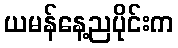
ယမန်နေ့ညပိုင်းက